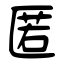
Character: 匿